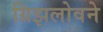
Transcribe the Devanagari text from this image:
ग्रिझलोवने